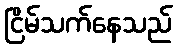
ငြိမ်သက်နေသည်